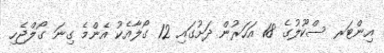
އިންޓަރ ސްކޫލުގެ 18 އަހަރުން ދަށުގައި 12 ގޯލާއެކު އެންމެ ގިނަ ގޯލްޖެހި